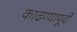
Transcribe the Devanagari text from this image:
काढण्यापूर्वी